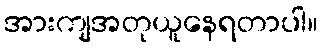
အားကျအတုယူနေရတာပါ။